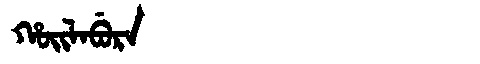
Manchu: ᡥᠣᡳᠯᠠᠪᡠᡵᠠ
Romanization: HOILABURA